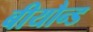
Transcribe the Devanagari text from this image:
बीयौन्ड